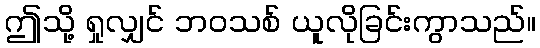
ဤသို့ ရှုလျှင် ဘဝသစ် ယူလိုခြင်းကွာသည်။